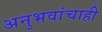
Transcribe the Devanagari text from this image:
अनुभवांचाही